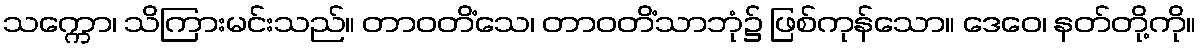
သက္ကော၊ သိကြားမင်းသည်။ တာဝတိံသေ၊ တာဝတိံသာဘုံ၌ ဖြစ်ကုန်သော။ ဒေဝေ၊ နတ်တို့ကို။